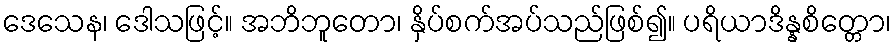
ဒေသေန၊ ဒေါသဖြင့်။ အဘိဘူတော၊ နှိပ်စက်အပ်သည်ဖြစ်၍။ ပရိယာဒိန္နစိတ္တော၊